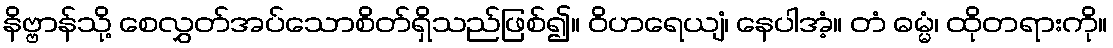
နိဗ္ဗာန်သို့ စေလွှတ်အပ်သောစိတ်ရှိသည်ဖြစ်၍။ ဝိဟရေယျံ၊ နေပါအံ့။ တံ ဓမ္မံ၊ ထိုတရားကို။